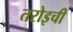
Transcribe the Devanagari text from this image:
तरोइची